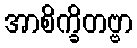
အာစိက္ခိတဗ္ဗာ